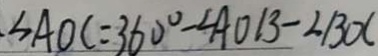
\angle A O C = 3 6 0 ^ { \circ } - \angle A O B - \angle B O C